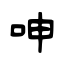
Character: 呻